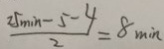
\frac { 2 5 \min - 5 - 4 } { 2 } = 8 \min